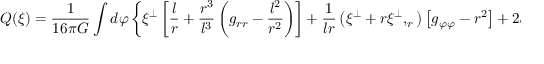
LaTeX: Q ( \xi ) = \frac { 1 } { 1 6 \pi G } \int d \varphi \left\{ \xi ^ { \perp } \left[ \frac { l } { r } + \frac { r ^ { 3 } } { l ^ { 3 } } \left( g _ { r r } - \frac { l ^ { 2 } } { r ^ { 2 } } \right) \right] + \frac { 1 } { l r } \left( \xi ^ { \perp } + r \xi ^ { \perp } , _ { r } \right) \left[ g _ { \varphi \varphi } - r ^ { 2 } \right] + 2 \xi ^ { \varphi } \pi _ { \varphi } ^ { r } \right\} .